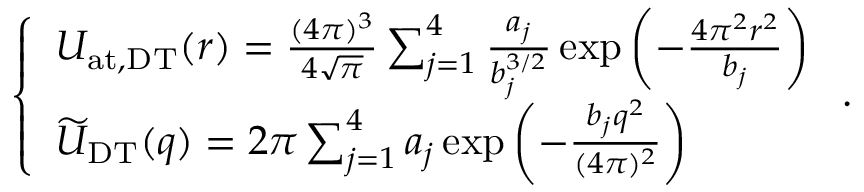
\begin{array} { r } { \left\{ \begin{array} { l l } { U _ { \mathrm { a t , D T } } ( r ) = { \frac { ( 4 \pi ) ^ { 3 } } { 4 \sqrt { \pi } } } \sum _ { j = 1 } ^ { 4 } { \frac { a _ { j } } { b _ { j } ^ { 3 / 2 } } } \exp \left( - { \frac { 4 \pi ^ { 2 } r ^ { 2 } } { b _ { j } } } \right) } \\ { \widetilde { U } _ { \mathrm { D T } } ( q ) = 2 \pi \sum _ { j = 1 } ^ { 4 } a _ { j } \exp \left( - { \frac { b _ { j } q ^ { 2 } } { ( 4 \pi ) ^ { 2 } } } \right) } \end{array} \right. . } \end{array}